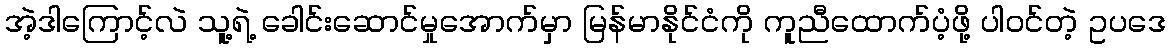
အဲ့ဒါကြောင့်လဲ သူ့ရဲ့ ခေါင်းဆောင်မှုအောက်မှာ မြန်မာနိုင်ငံကို ကူညီထောက်ပံ့ဖို့ ပါဝင်တဲ့ ဥပဒေ